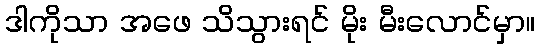
ဒါကိုသာ အဖေ သိသွားရင် မိုး မီးလောင်မှာ။